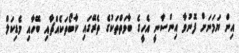
އިން ޔަމަނަށް ފޮނުވާ އިންސާނީ އެހީގެ ބާވަތްތަކުގެ ތެރޭގައި ކާބޯތަކެއްޗާއި ބޭހާއި މެޑިކަލް